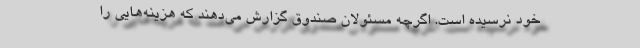
خود نرسیده است. اگرچه مسئولان صندوق گزارش می‌دهند كه هزینه‌هایی را